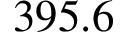
3 9 5 . 6